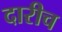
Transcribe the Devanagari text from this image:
दारीच